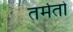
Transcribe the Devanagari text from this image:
तर्मतो